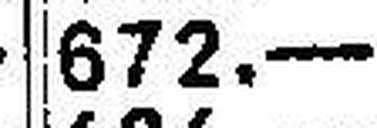
672.—